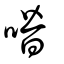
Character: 噆